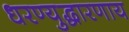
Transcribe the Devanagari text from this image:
धरण्युद्धारणाय